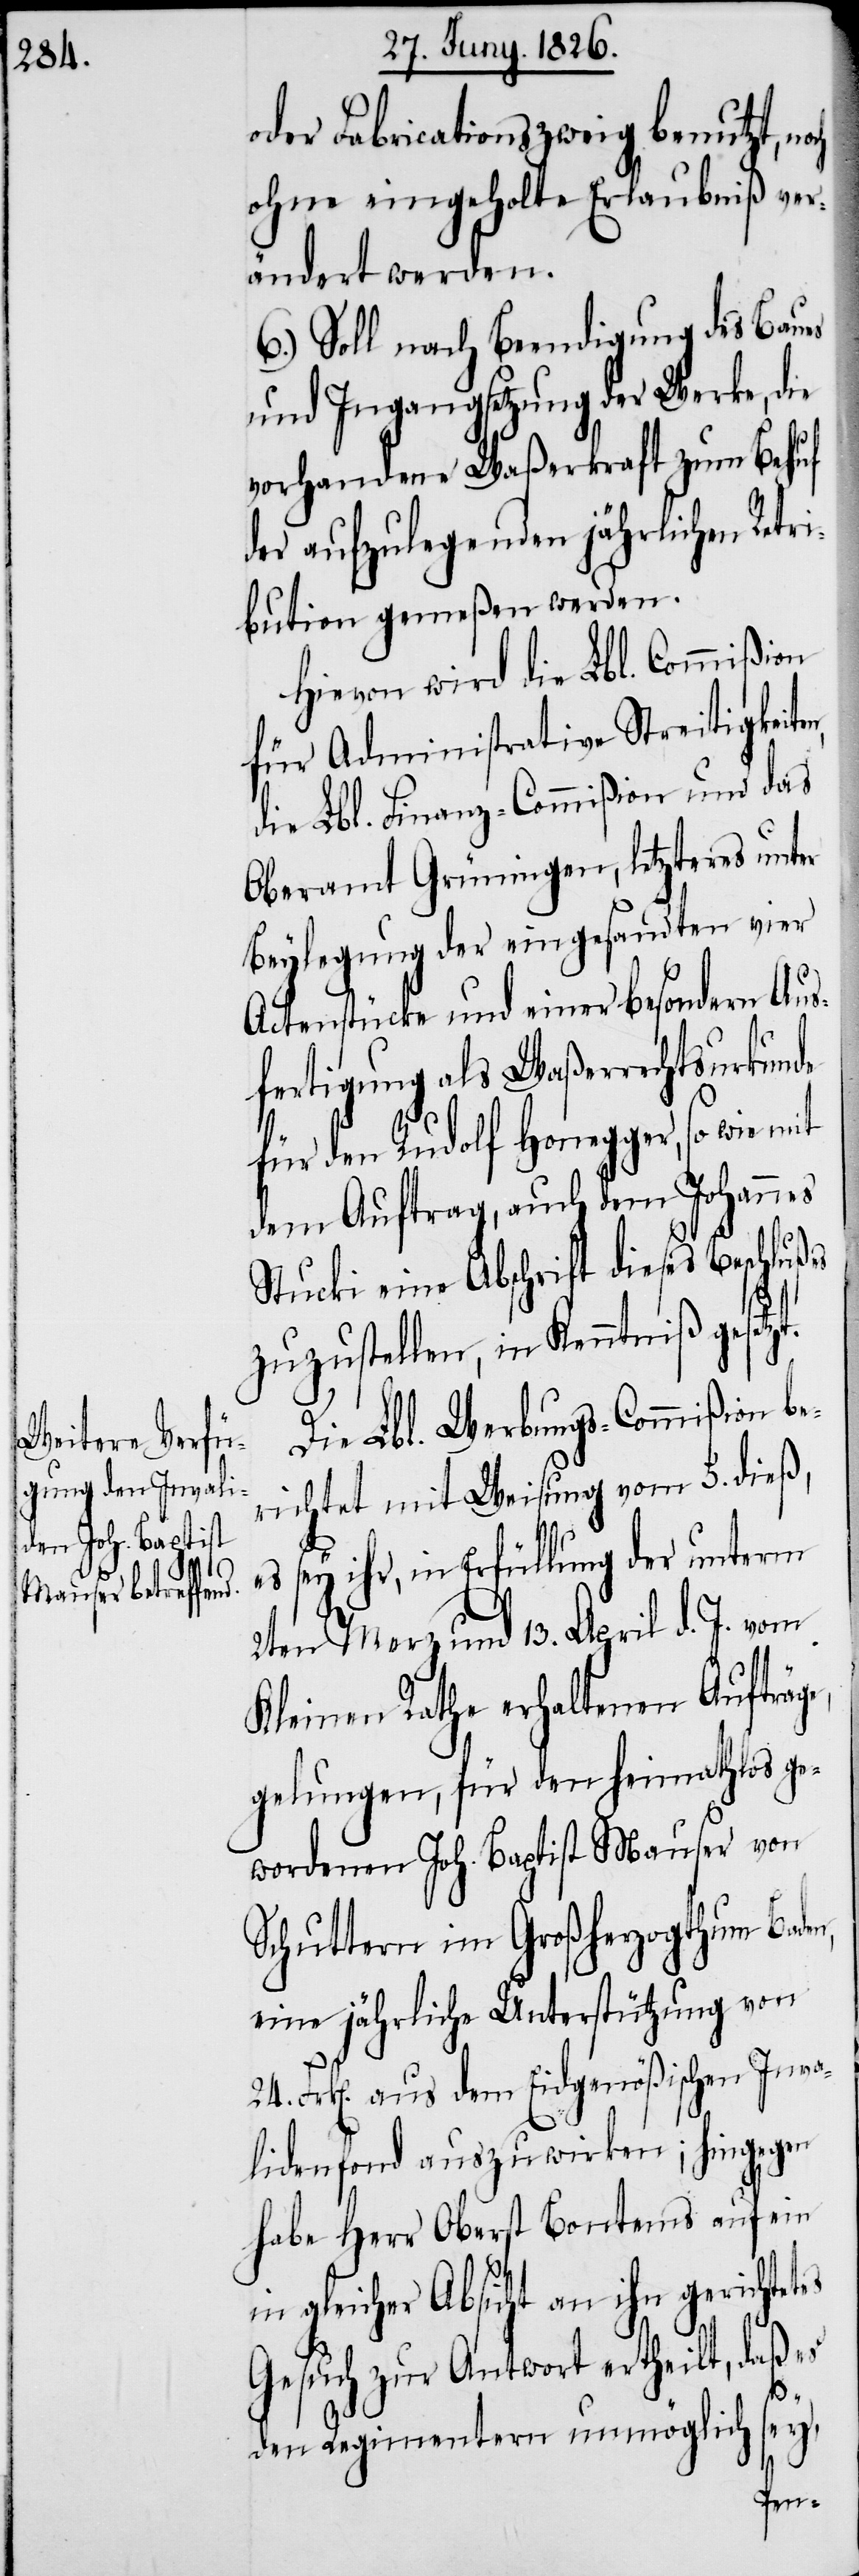
oder Fabricationszweig benutzt, no¬
ohne eingeholte Erlaubniß ver¬
ändert werden.
6.) Soll nach Beendigung des Baues
und Ingangsetzung der Werke, die
vorhandene Waßerkraft zum Behuf
der aufzulegenden jährlichen Retri¬
bution gemeßen werden.
Hievon wird die Lbl. Commißion
für Administrative Streitigkeit¬
die Lbl. Finanz-Commißion und das
Oberamt Grüningen, letzteres unter
Beylegung der eingesandten vier
Actenstücke und einer besondern Aus¬
fertigung als Waßerrechtsurkunde
für den Rudolf Honegger, so wie
dem Auftrag, auch dem Johannes
Stucki eine Abschrift dieses Beschlußes
zuzustellen, in Kenntniß gesetz¬
Die Lbl. Werbungs-Commißion be¬
richtet mit Weisung vom 5. dieß,
es sey ihr, in Erfüllung der unterm
2ten Merz und 13. April d. J. vom
Kleinen Rathe erhaltenen Aufträg¬
gelungen, für den heimathlos ge¬
wordenen Joh. Baptist Mauser von
Schuttern im Großherzogthum Bade¬
eine jährliche Unterstützung von
Frk[en]. aus den Eidgenößischen Inva¬
lidenfond auszuwirken; hingegen
habe Herr Oberst Bontems auf ein
in gleicher Absicht an ihn gerichtetes
24.
Gesuch zur Antwort ertheilt, daß es
sey,
den Regimentern unmöglich